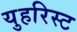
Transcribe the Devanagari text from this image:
युहरिस्ट